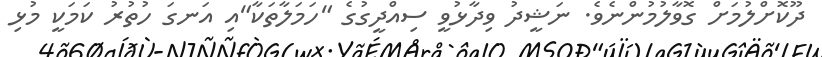
ދޫކޮށްލުމަށް ގޮވާލުމުންނެވެ. ނަޝީދު ވިދާޅުވީ ސިއްދީގުގެ "ހަމަލާތަކާ"އި އަނގަ ހުތުރު ކަމަކީ މުޅި